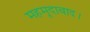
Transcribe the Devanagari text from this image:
महमूदाबाद।